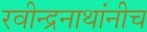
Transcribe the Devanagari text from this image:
रवीन्द्रनाथांनीच